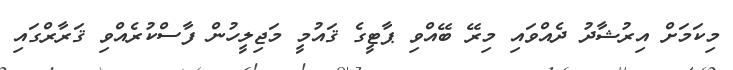
މިކަމަށް އިރުޝާދު ދެއްވައި މިރޭ ބޭއްވި ޕާޓީގެ ޤައުމީ މަޖިލީހުން ފާސްކުރެއްވި ޤަރާރްގައި